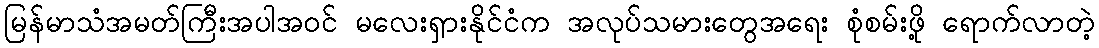
မြန်မာသံအမတ်ကြီးအပါအဝင် မလေးရှားနိုင်ငံက အလုပ်သမားတွေအရေး စုံစမ်းဖို့ ရောက်လာတဲ့